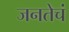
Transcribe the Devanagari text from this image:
जनतेचं